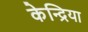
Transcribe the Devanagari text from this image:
केन्द्रिया